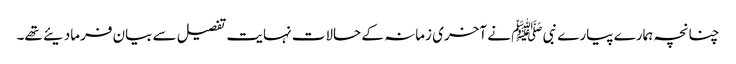
چنانچہ ہمارے پیارے نبی ﷺ نے آخری زمانہ کے حالات نہایت تفصیل سے بیان فرمادیئے تھے۔